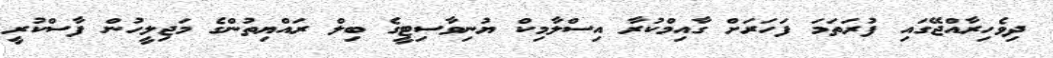
ދިވެހިރާއްޖޭގައި ފުރަތަމަ ފަހަރަށް ގާއިމްކުރާ އިސްލާމިކް ޔުނިވާސިޓީގެ ބިލް ރައްޔިތުންގެ މަޖިލީހުން ފާސްކުރީ